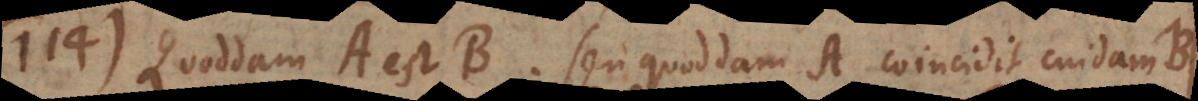
114) Quoddam A est B, seu quoddam A coincidit cuidam B.